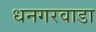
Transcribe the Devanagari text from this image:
धनगरवाडा